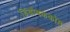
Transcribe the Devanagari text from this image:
डिंबौषककोष्ठ